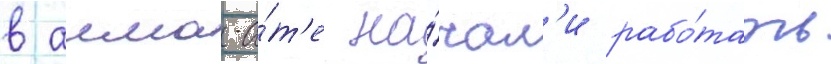
в алма-а́т'е на́чал'и рабо́тать